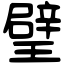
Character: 𤩹